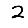
Digit: 2